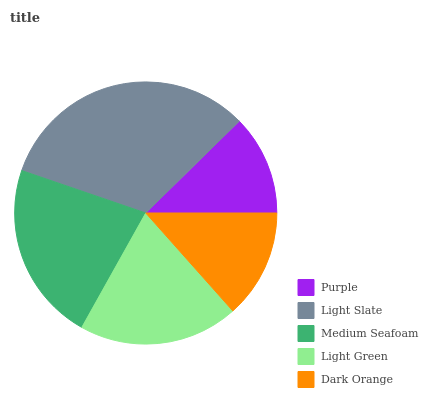
| Purple | Light Slate | Medium Seafoam | Light Green | Dark Orange |
 | --- | --- | --- | --- | --- |
 | 12.3% | 32.4% | 22.1% | 19.7% | 13.4% |